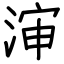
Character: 渖